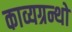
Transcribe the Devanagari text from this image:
काव्यग्रन्थो